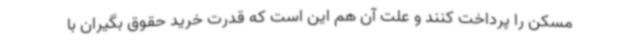
مسکن را پرداخت کنند و علت آن هم این است که قدرت خرید حقوق بگیران با